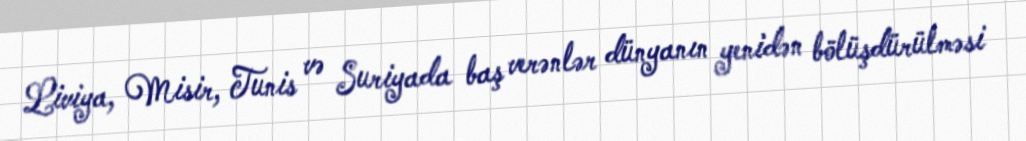
Liviya, Misir, Tunis və Suriyada baş verənlər dünyanın yenidən bölüşdürülməsi